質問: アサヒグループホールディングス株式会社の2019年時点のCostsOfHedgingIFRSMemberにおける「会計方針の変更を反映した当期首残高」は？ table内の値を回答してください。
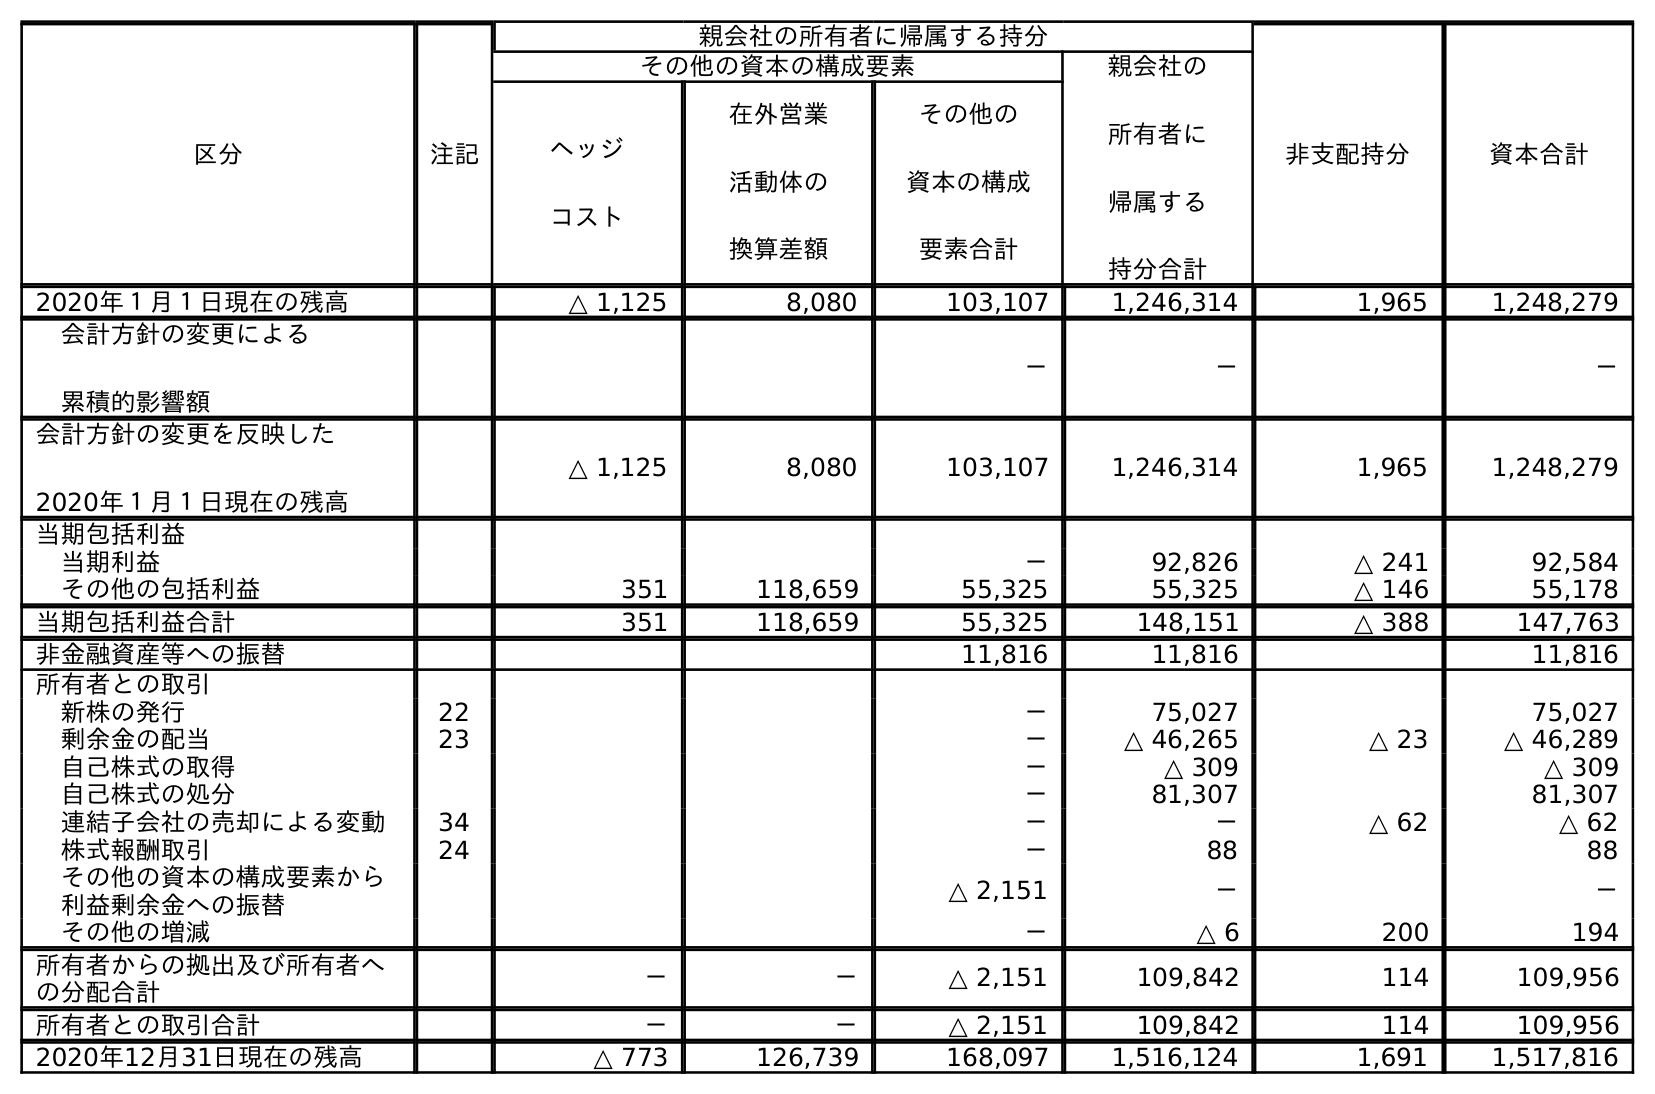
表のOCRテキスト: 区分 注記 親会社の所有者に帰属する持分 非支配持分 資本合計 その他の資本の構成要素 親会社の 所有者に 帰属する 持分合計 ヘッジ コスト 在外営業 活動体の 換算差額 その他の 資本の構成 要素合計 2020年１月１日現在の残高 △ 1,125 8,080 103,107 1,246,314 1,965 1,248,279 会計方針の変更による 累積的影響額 － － － 会計方針の変更を反映した 2020年１月１日現在の残高 △ 1,125 8,080 103,107 1,246,314 1,965 1,248,279 当期包括利益 当期利益 － 92,826 △ 241 92,584 その他の包括利益 351 118,659 55,325 55,325 △ 146 55,178 当期包括利益合計 351 118,659 55,325 148,151 △ 388 147,763 非金融資産等への振替 11,816 11,816 11,816 所有者との取引 新株の発行 22 － 75,027 75,027 剰余金の配当 23 － △ 46,265 △ 23 △ 46,289 自己株式の取得 － △ 309 △ 309 自己株式の処分 － 81,307 81,307 連結子会社の売却による変動 34 － － △ 62 △ 62 株式報酬取引 24 － 88 88 その他の資本の構成要素から 利益剰余金への振替 △ 2,151 － － その他の増減 － △ 6 200 194 所有者からの拠出及び所有者へ の分配合計 － － △ 2,151 109,842 114 109,956 所有者との取引合計 － － △ 2,151 109,842 114 109,956 2020年12月31日現在の残高 △ 773 126,739 168,097 1,516,124 1,691 1,517,816
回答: △1,125